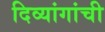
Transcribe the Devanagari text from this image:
दिव्यांगांची